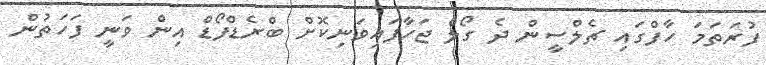
ފުރަތަމަ ހާފްގައި ޗެލްސީން ދެ ގޯލް ޖަހާފައިވަނިކޮށް ބްރެޑްފޯޑް އިން ވަނީ ފަހަތުން